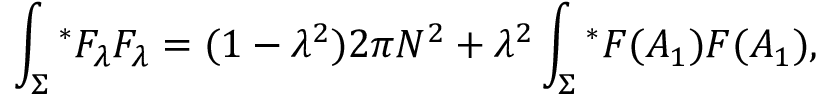
\int _ { \Sigma } { ^ \ast F _ { \lambda } } F _ { \lambda } = ( 1 - { \lambda } ^ { 2 } ) 2 \pi N ^ { 2 } + { \lambda } ^ { 2 } \int _ { \Sigma } { ^ \ast F ( A _ { 1 } ) F ( A _ { 1 } ) } ,